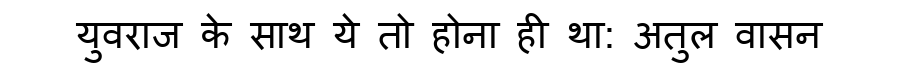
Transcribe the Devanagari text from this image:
युवराज के साथ ये तो होना ही था: अतुल वासन